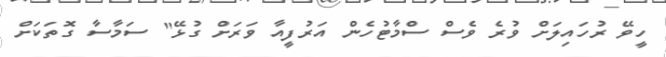
ހީވޭ ރުހައިލަށް ވުރެ ވެސް ސްމާޓުހެން އަރުފީއާ ވަރަށް ގުޅޭ" ސަމާސާ ގޮތަކަށް